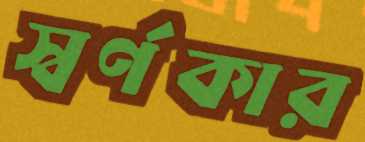
স্বর্ণকার